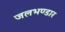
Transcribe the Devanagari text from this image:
जलभण्डार